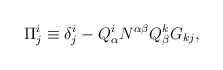
\begin{align*}\Pi^i_j\equiv \delta^i_j - Q^i_\alpha N^{\alpha\beta}Q^k_\beta G_{kj},\end{align*}